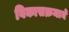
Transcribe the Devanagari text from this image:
विकासक्रमाने